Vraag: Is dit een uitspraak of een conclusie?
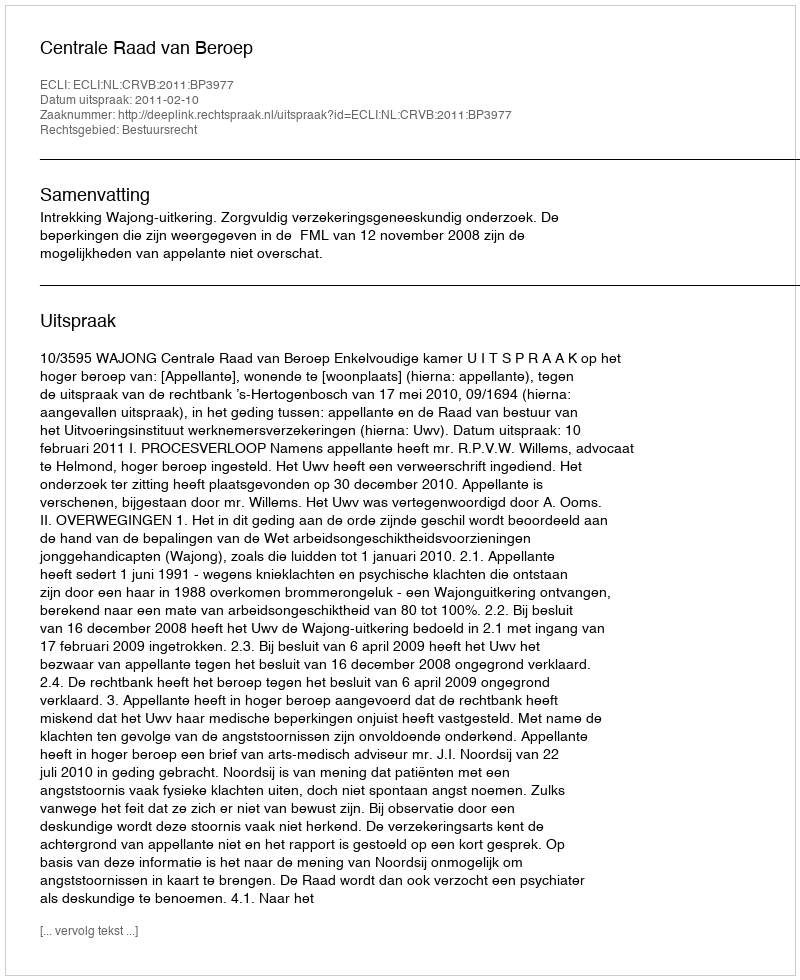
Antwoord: Uitspraak